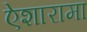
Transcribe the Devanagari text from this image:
ऐशारामा